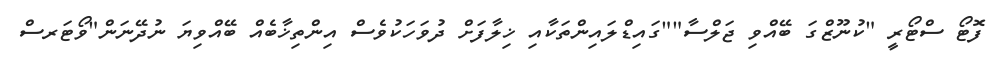
ފޮޓޯ ސްޓޯރީ "ކުނޫޒްގަ ބޭއްވި ޖަލްސާ""ގައިޑްލައިންތަކާއި ޚިލާފަށް ދުވަހަކުވެސް އިންތިޚާބެއް ބޭއްވިޔަ ނުދޭނަން"ވޯޓަރސް